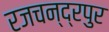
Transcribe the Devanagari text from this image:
रजचन्द्रपुर